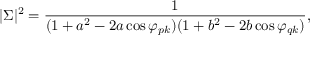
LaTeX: | \Sigma | ^ { 2 } = { \frac { 1 } { ( 1 + a ^ { 2 } - 2 a \cos \varphi _ { p k } ) ( 1 + b ^ { 2 } - 2 b \cos \varphi _ { q k } ) } } ,